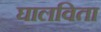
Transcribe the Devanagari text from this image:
घालविता